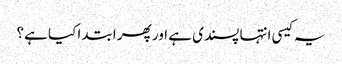
یہ کیسی انتہا پسندی ہے اور پھر ابتدا کیا ہے؟